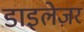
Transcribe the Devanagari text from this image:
डाइलेज़र